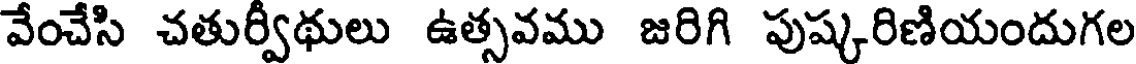
వేంచేసి చతుర్వీథులు ఉత్సవము జరిగి పుష్కరిణియందుగల